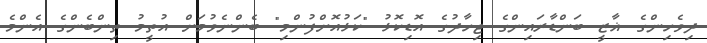
ދިވެހިންގެ ޣާޒީ ބަންޑާރައިންގެ ޖިހާދުގެ އޮޑިކޮޅު "ކަޅުއޮށްފުންމި" ބެންނެވުމަށް އުތީމު ތިންބެންގެ އެންމެ